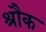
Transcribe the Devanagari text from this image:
श्रौक